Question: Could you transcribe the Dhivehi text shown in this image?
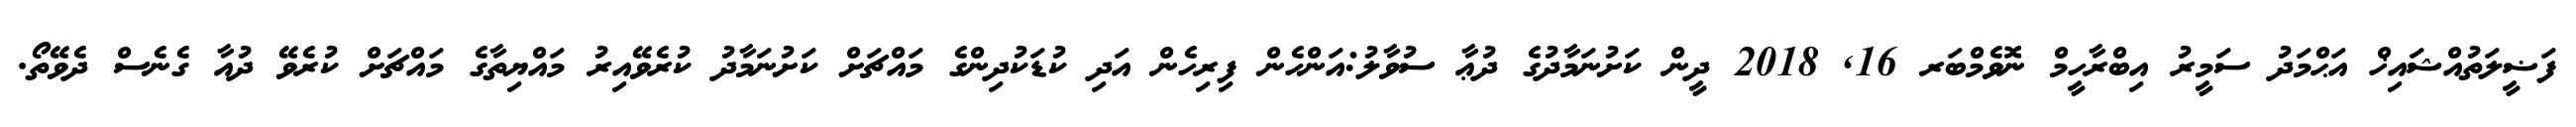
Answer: ފަޟީލަތުއްޝައިޚް އަޙްމަދު ސަމީރު އިބްރާހީމް ނޮވެމްބަރ 16, 2018 ދީން ކަށުނަމާދުގެ ދުޢާ ސުވާލު:އަންހެން ފިރިހެން އަދި ކުޑަކުދިންގެ މައްޗަށް ކަށުނަމާދު ކުރެވޭއިރު މައްޔިތާގެ މައްޗަށް ކުރެވޭ ދުއާ ގެނެސް ދެވޭތޯ.